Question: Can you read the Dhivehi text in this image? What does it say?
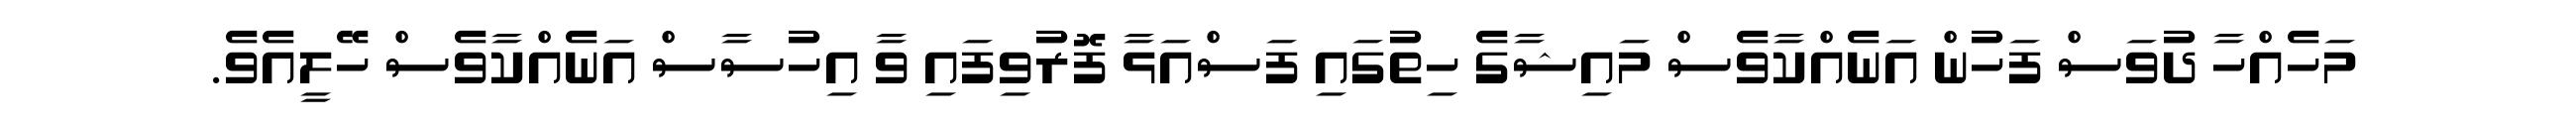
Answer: މަހެއްހާ ދުވަސް ފަހުން އަނެއްކާވެސް މައިޝާގެ ހިތުގައި ފަސްއަޅާ ފޮރުވިފައި ވާ އިހުސާސް އަނެއްކާވެސް ހޭލީއެވެ.